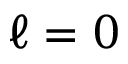
\ell = 0